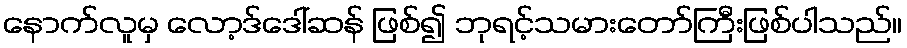
နောက်လူမှ လော့ဒ်ဒေါ်ဆန် ဖြစ်၍ ဘုရင့်သမားတော်ကြီးဖြစ်ပါသည်။